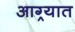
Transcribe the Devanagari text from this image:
आग्र्यात